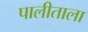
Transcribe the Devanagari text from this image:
पालीताला